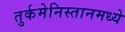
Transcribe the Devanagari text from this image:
तुर्कमेनिस्तानमध्ये